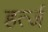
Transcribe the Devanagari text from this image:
हर्त्ज